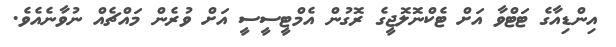
އިންޑިއާގެ ޓަޓްވާ އަށް ޓެކްނޮލޮޖީގެ ރޮގުން އެމްޓީސީސީ އަށް ވުރެން މައްޗެއް ނުވާނެއެވެ.